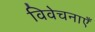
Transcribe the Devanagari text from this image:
विवेचनाएँ